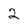
Character: 2